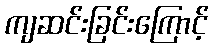
ကျဆင်းခြင်းကြောင့်